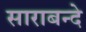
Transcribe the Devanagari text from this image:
साराबन्दे